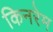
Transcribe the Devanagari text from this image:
किनरेम